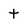
Character: t